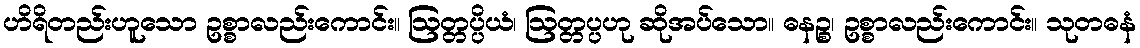
ဟိရိတည်းဟူသော ဥစ္စာလည်းကောင်း။ ဩတ္တပ္ပိယံ၊ ဩတ္တပ္ပဟု ဆိုအပ်သော။ ဓနဉ္စ၊ ဥစ္စာလည်းကောင်း။ သုတဓနံ